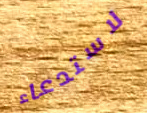
لاستدعاء